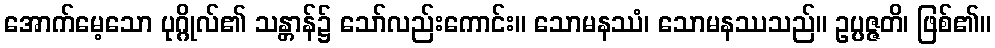
အောက်မေ့သော ပုဂ္ဂိုလ်၏ သန္တာန်၌ သော်လည်းကောင်း။ သောမနဿံ၊ သောမနဿသည်။ ဥပ္ပဇ္ဇတိ၊ ဖြစ်၏။